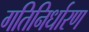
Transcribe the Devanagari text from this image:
गतिनिर्धारण